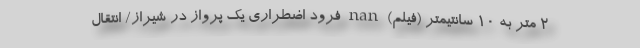
۲ متر به ۱۰ سانتیمتر (فیلم) nan فرود اضطراری یک پرواز در شیراز/ انتقال